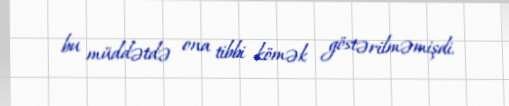
bu müddətdə ona tibbi kömək göstərilməmişdi.